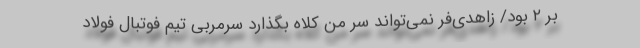
بر ۲ بود/ زاهدی‌فر نمی‌تواند سر من کلاه بگذارد سرمربی تیم فوتبال فولاد